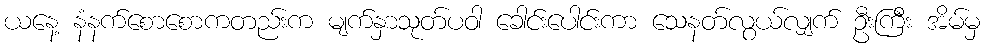
ယနေ့ နံနက်စောစောကတည်းက မျက်နှာသုတ်ပဝါ ခေါင်းပေါင်းကာ သေနတ်လွယ်လျှက် ဦးကြီး အိမ်မှ